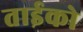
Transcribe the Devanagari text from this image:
ताईको